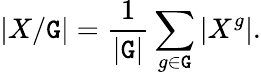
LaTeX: |X/\mathtt{G}|={\frac{{1}}{{|\mathtt{G}|}}}\sum_{g\in\mathtt{G}}|X^{g}|.